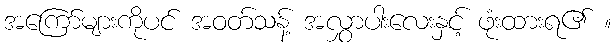
အကြော်များကိုပင် အဝတ်သန့် အလွှာပါးလေးနှင့် ဖုံးထားရ၏ ။